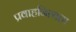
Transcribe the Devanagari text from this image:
प्रवाहनित्यता